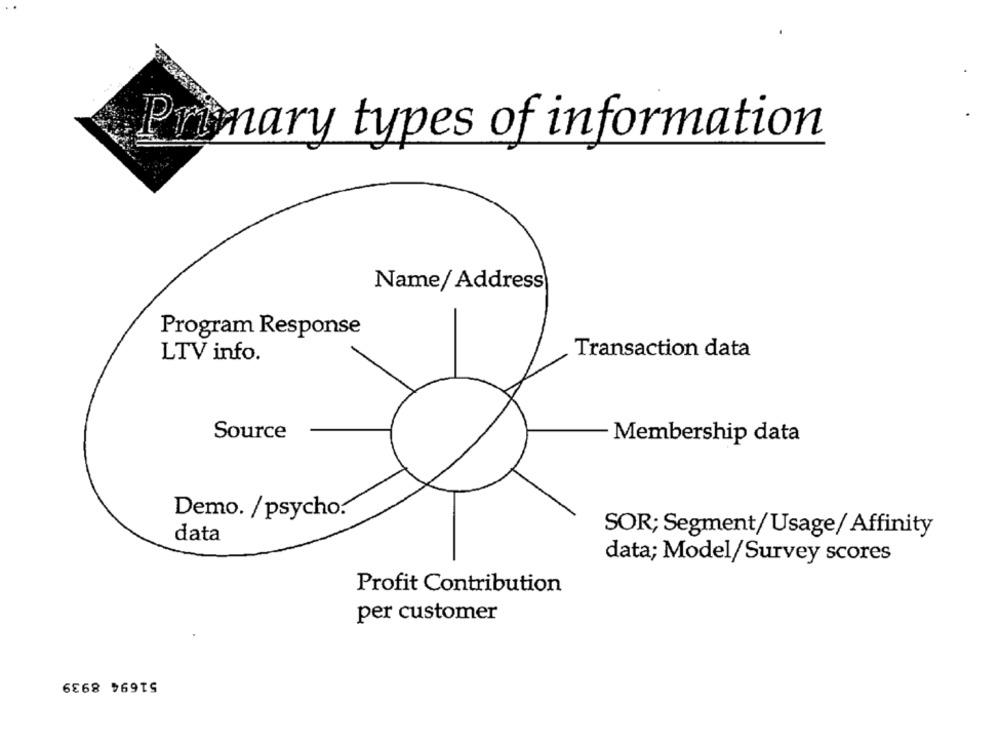
Primary types of information
Name/ Address
Program Response
Transaction data
LTV info.
Source
Membership data
Demo. /psycho.
SOR; Segment/Usage/ Affinity
data
data; Model/Survey scores
Profit Contribution
per customer
51694 8939